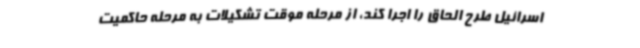
اسرائیل طرح الحاق را اجرا کند، از مرحله موقت تشکیلات به مرحله حاکمیت